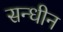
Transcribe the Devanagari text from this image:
सन्धीन